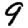
Digit: 9